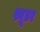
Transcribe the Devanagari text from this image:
श्यूडर